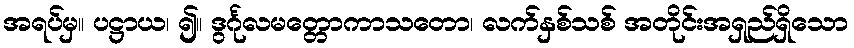
အရပ်မှ။ ပဋ္ဌာယ၊ ၍။ ဒွင်္ဂုလမတ္တောကာသတော၊ လက်နှစ်သစ် အတိုင်းအရှည်ရှိသော